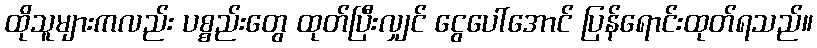
ထိုသူများကလည်း ပစ္စည်းတွေ ထုတ်ပြီးလျှင် ငွေပေါ်အောင် ပြန်ရောင်းထုတ်ရသည်။